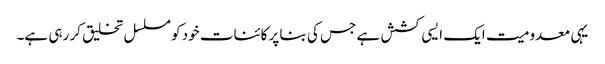
یہی معدومیت ایک ایسی کشش ہے جس کی بنا پر کائنات خود کو مسلسل تخلیق کر رہی ہے۔